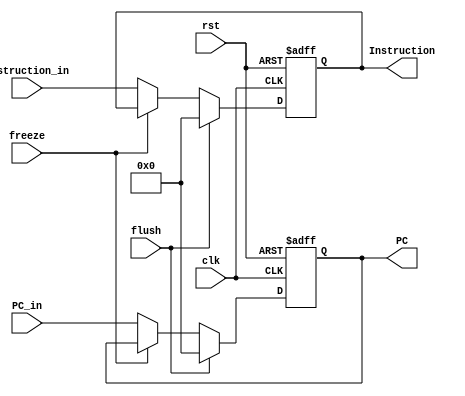
`timescale 1ns/1ns

module IF_Stage_Reg
(
    input clk, rst, freeze, flush,
    input [31:0] PC_in, Instruction_in,
    output reg [31:0] PC, Instruction
);


  always @(posedge rst, posedge clk) begin
    if (rst) begin
      PC <= 32'b0;
      Instruction <= 32'b0;
    end
    else if (flush) begin
      PC <= 32'b0;
      Instruction <= 32'b0;
    end
    else if (~freeze) begin
      PC <= PC_in;
      Instruction <= Instruction_in;
    end
  end
    
endmodule